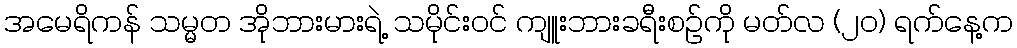
အမေရိကန် သမ္မတ အိုဘားမားရဲ့ သမိုင်းဝင် ကျူးဘားခရီးစဉ်ကို မတ်လ (၂၀) ရက်နေ့က